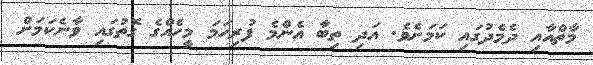
މާތްއާއި ދެމެދުގައި ކަމަށެވެ. އަދި ތިބާ އެންމެ ފުރިހަމަ މީހެއްގެ ގޮތުގައި ވާނެކަމަށް